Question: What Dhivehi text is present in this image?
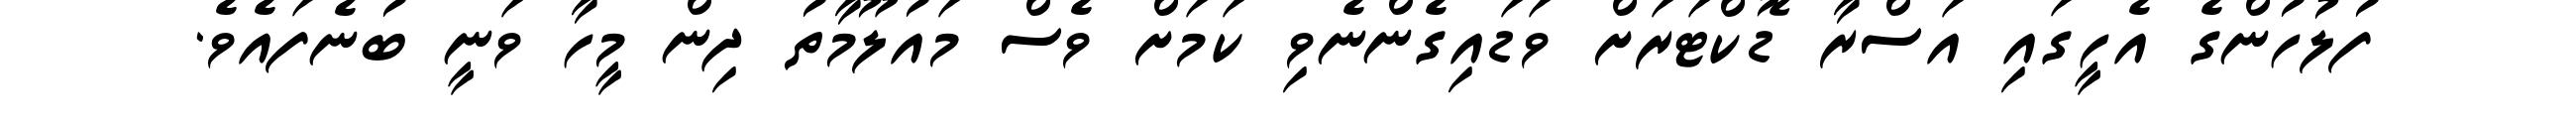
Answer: ފުލުހުންގެ އެހީގައި އަސްރާ ޑޮކްޓަރަށް ވަޑައިގެންނެވި ކަމަށް ވެސް މައުލޫމާތު ދިން މީހާ ވަނީ ބުނެފައެވެ.